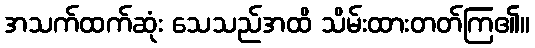
အသက်ထက်ဆုံး သေသည်အထိ သိမ်းထားတတ်ကြ၏။